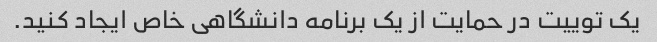
یک توییت در حمایت از یک برنامه دانشگاهی خاص ایجاد کنید.